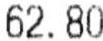
62.80